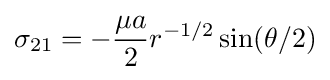
\sigma _{21}=-{\frac {\mu a}{2}}r^{-1/2}\sin(\theta /2)